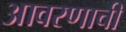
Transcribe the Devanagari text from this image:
आवरणाची